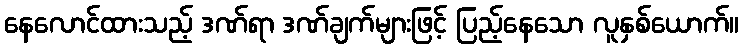
နေလောင်ထားသည့် ဒဏ်ရာ ဒဏ်ချက်များဖြင့် ပြည့်နေသော လူနှစ်ယောက်။